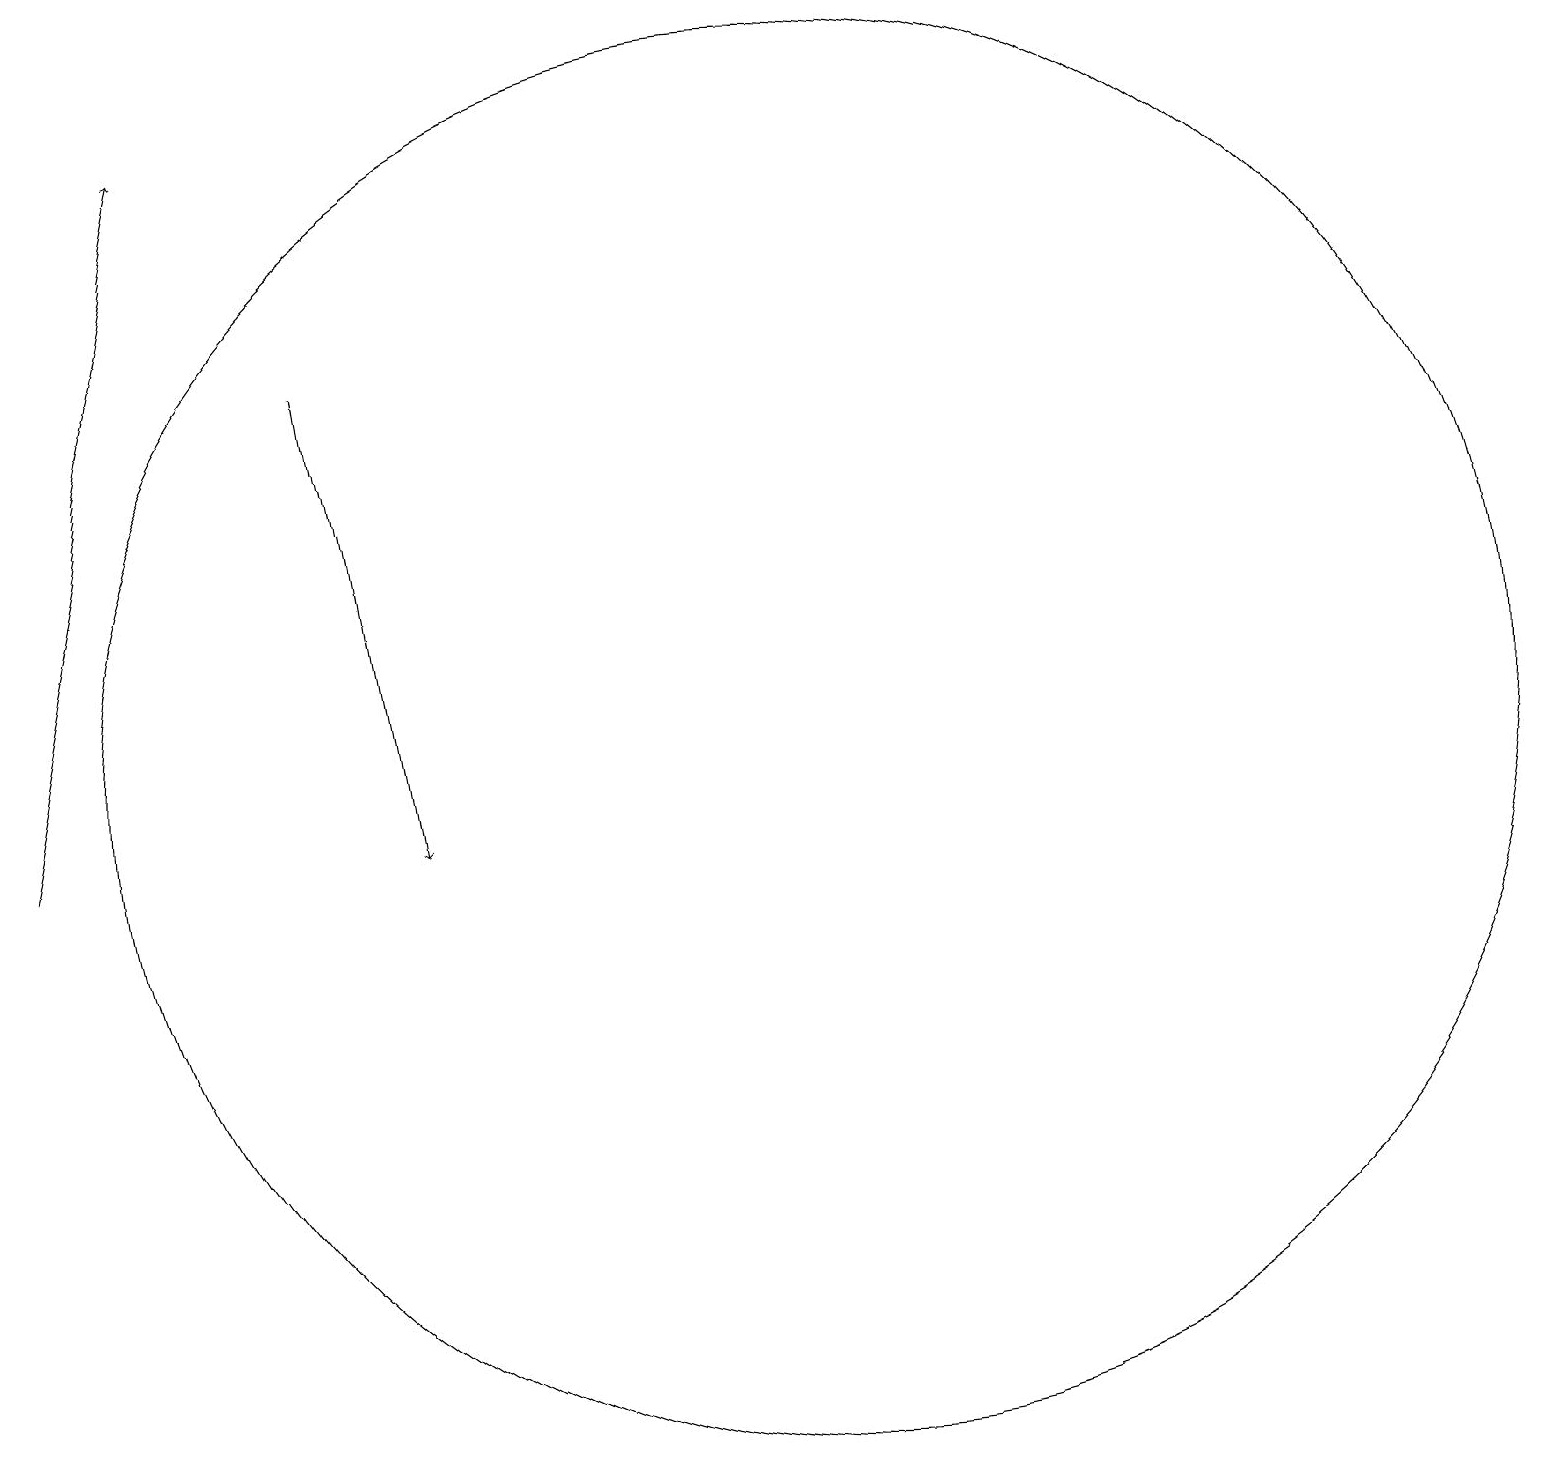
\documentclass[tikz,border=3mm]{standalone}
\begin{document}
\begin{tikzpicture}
\draw[->] (4,16) -- (5,10);
\draw[->] (0,10) -- (2,19);
\draw (10,11) circle (9);
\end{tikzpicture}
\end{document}